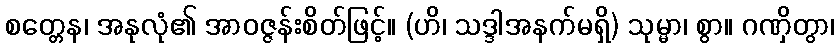
စတ္တေန၊ အနုလုံ၏ အာဝဇ္ဇန်းစိတ်ဖြင့်။ (ဟိ၊ သဒ္ဒါအနက်မရှိ) သုမ္မာ၊ စွာ။ ဂဏှိတွာ၊